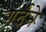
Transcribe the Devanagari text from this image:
गर्दने